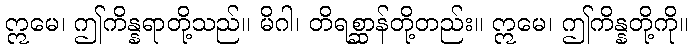
ဣမေ၊ ဤကိန္နရာတို့သည်။ မိဂါ၊ တိရစ္ဆာန်တို့တည်း။ ဣမေ၊ ဤကိန္နတို့ကို။